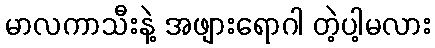
မာလကာသီးနဲ့ အဖျားရောဂါ တဲ့ပါ့မလား